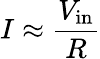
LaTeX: I\approx{\frac{V_{\mathrm{in}}}{R}}